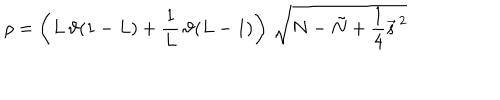
\rho = \left( L \, \vartheta ( 1 - L ) + \frac { 1 } { L } \, \vartheta ( L - 1 ) \right) \, \sqrt { N - \tilde { N } + \frac { 1 } { 4 } \vec { s } ^ { \, 2 } }